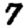
Digit: 7